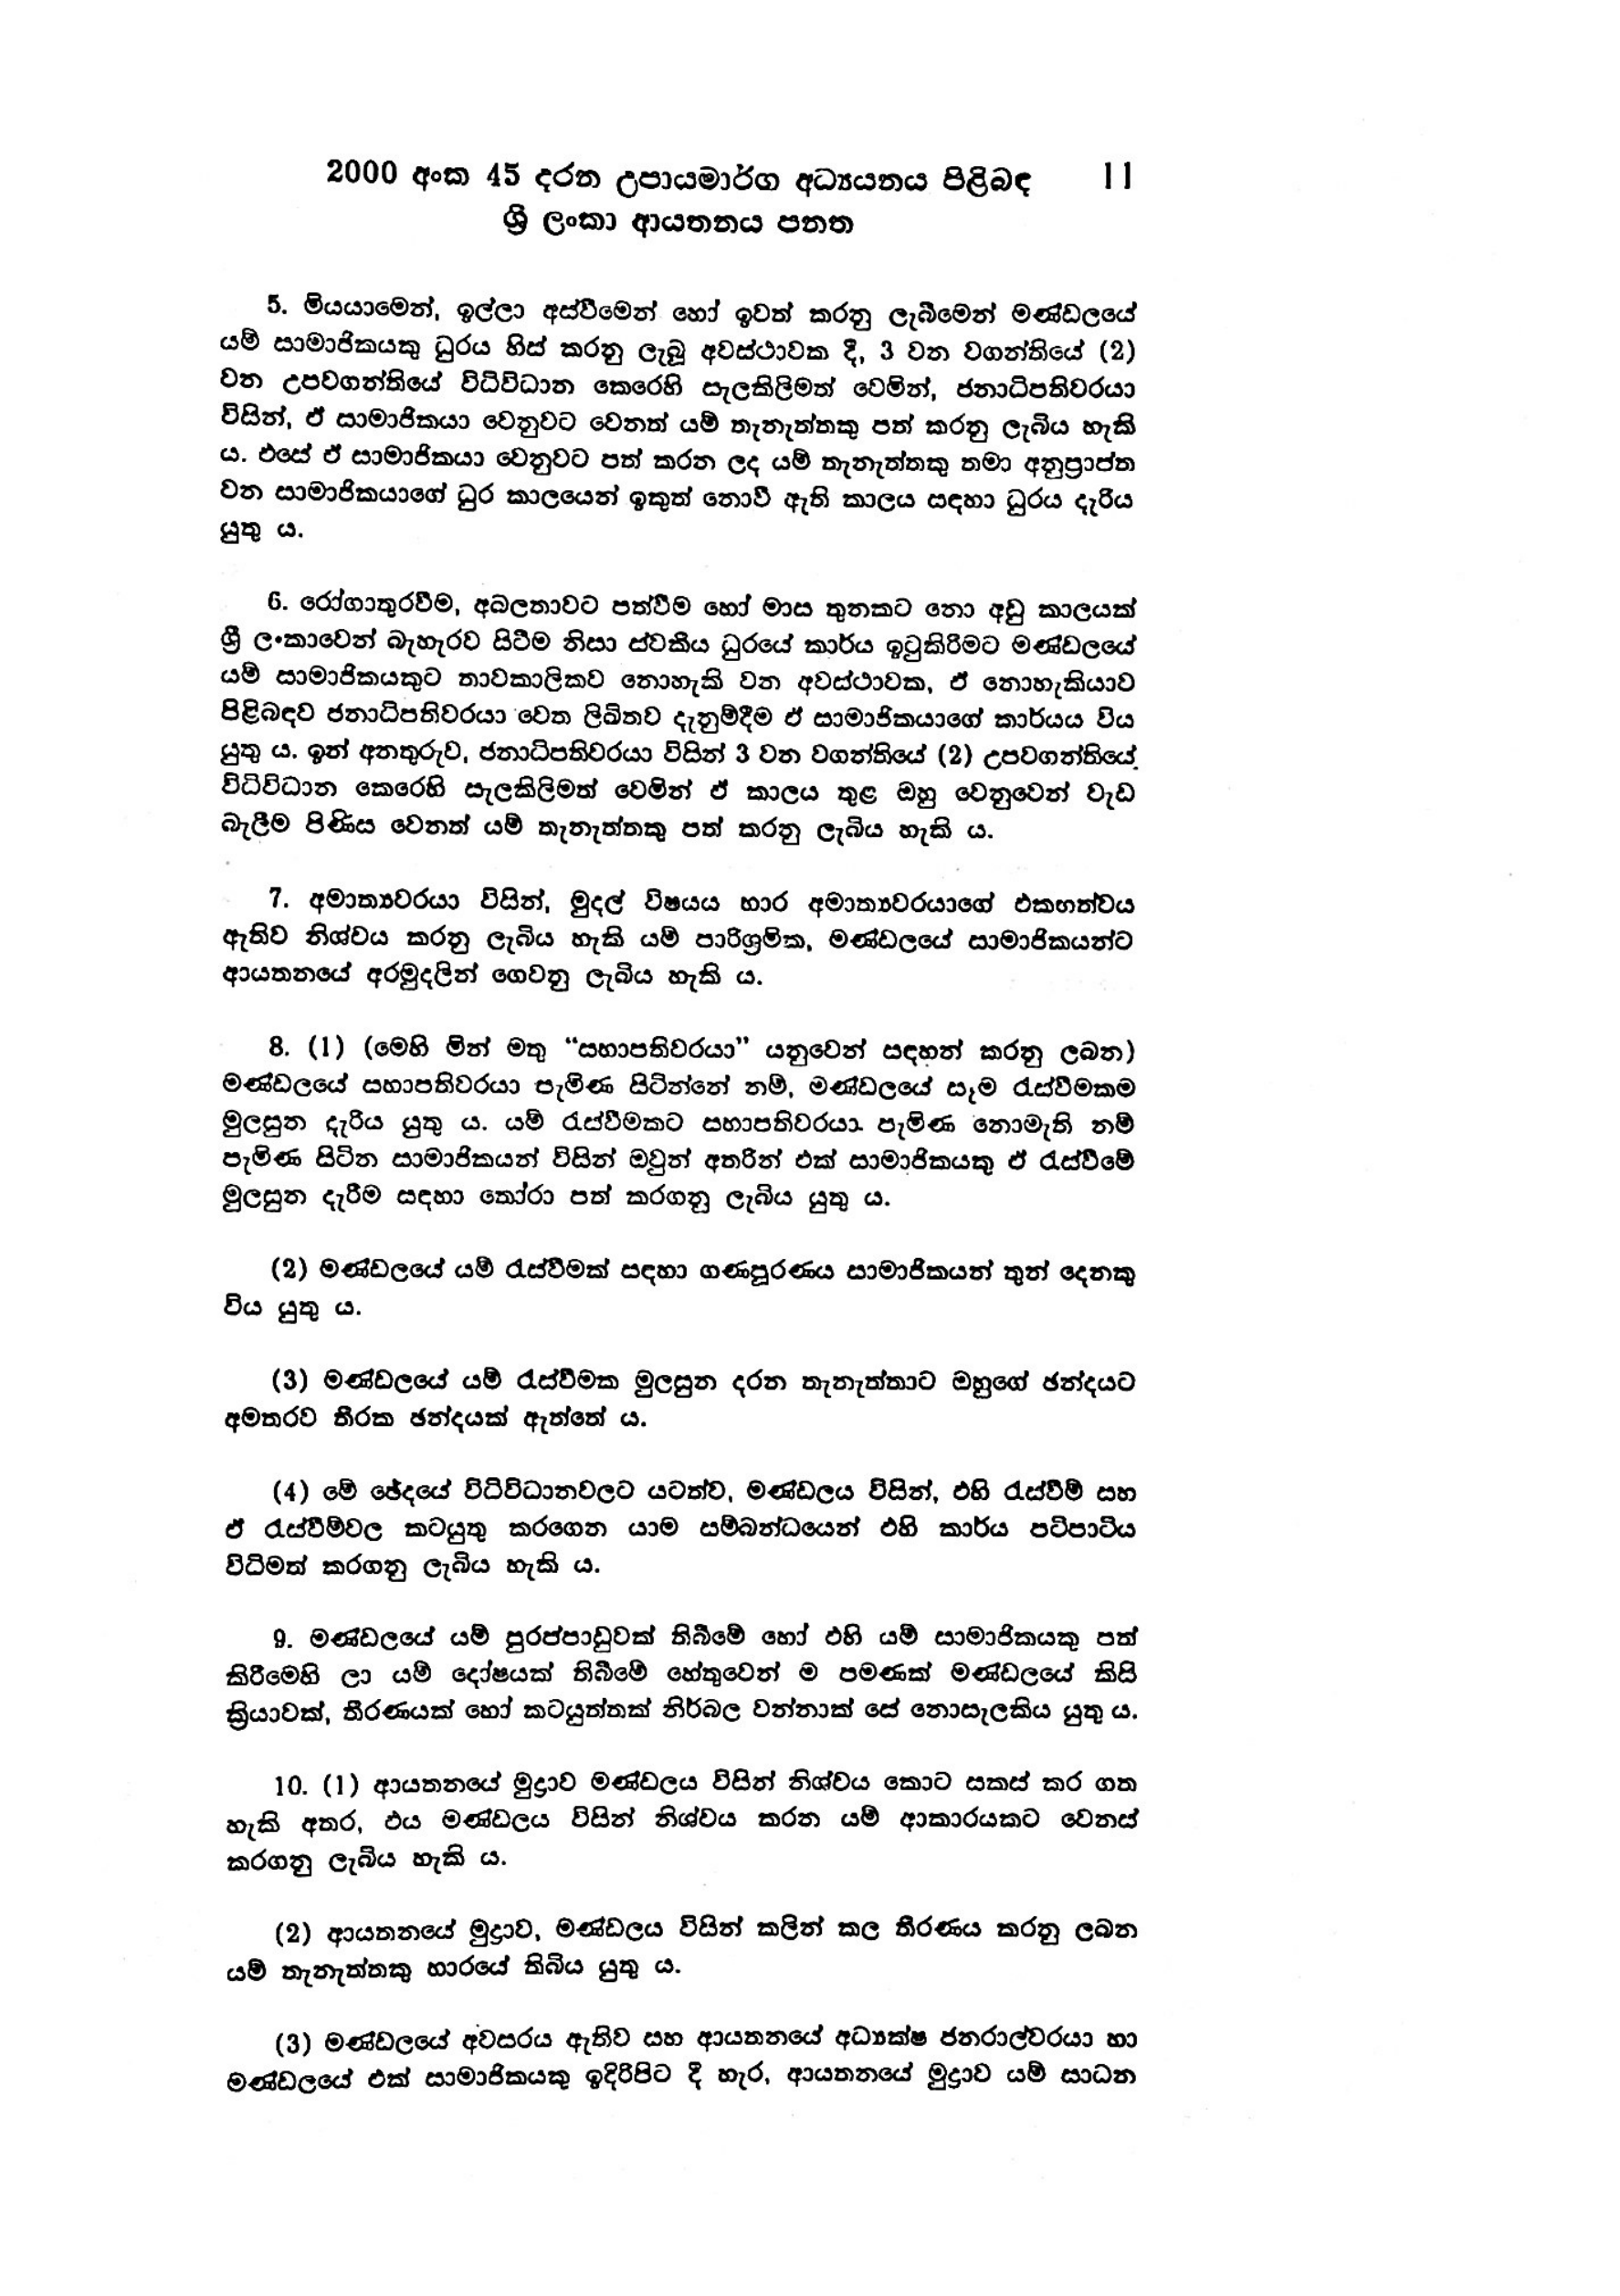
2000 අංක 45 දරන උපායමාර්ග අධ්‍යයනය පිළිබඳ 11
ශ්‍රී ලංකා ආයතනය පනත

5. මියයාමෙන්, ඉල්ලා අස්වීමෙන් හෝ ඉවත් කරනු ලැබීමෙන් මණ්ඩලයේ
යම් සාමාජිකයකු ධුරය හිස් කරනු ලැබූ අවස්ථාවක දී, 3 වන වගන්තියේ (2)
වන උපවගන්තියේ විධිවිධාන කෙරෙහි සැලකිලිමත් වෙමින්, ජනාධිපතිවරයා
විසින්, ඒ සාමාජිකයා වෙනුවට වෙනත් යම් තැනැත්තකු පත් කරනු ලැබිය හැකි
ය. එසේ ඒ සාමාජිකයා වෙනුවට පත් කරන ලද යම් තැනැත්තකු තමා අනුප්‍රාප්ත
වන සාමාජිකයාගේ ධුර කාලයෙන් ඉකුත් නොවී ඇති කාලය සඳහා ධුරය දැරිය
යුතු ය.

6. රෝගාතුර වීම, අබලතාවට පත්වීම හෝ මාස තුනකට නොඅඩු කාලයක්
ශ්‍රී ලංකාවෙන් බැහැරව සිටීම නිසා ස්වකීය ධුරයේ කාර්ය ඉටු කිරීමට මණ්ඩලයේ
යම් සාමාජිකයකුට තාවකාලිකව නොහැකි වන අවස්ථාවක, ඒ නොහැකියාව
පිළිබඳව ජනාධිපතිවරයා වෙත ලිඛිතව දැනුම්දීම ඒ සාමාජිකයාගේ කාර්යය විය
යුතුය. ඉන් අනතුරුව, ජනාධිපතිවරයා විසින් 3 වන වගන්තියේ (2) උපවගන්තියේ
විධිවිධාන කෙරෙහි සැලකිලිමත් වෙමින් ඒ කාලය තුළ ඔහු වෙනුවෙන් වැඩ
බැලීම පිණිස වෙනත් යම් තැනැත්තකු පත් කරනු ලැබිය හැකි ය.

7. අමාත්‍යවරයා විසින්, මුදල් විෂයය භාර අමාත්‍යවරයාගේ එකඟත්වය
ඇතිව නිශ්චය කරනු ලැබිය හැකි යම් පාරිශ්‍රමික, මණ්ඩලයේ සාමාජිකයන්ට
ආයතනයේ අරමුදලින් ගෙවනු ලැබිය හැකි ය.

8. (1) (මෙහි මින් මතු '' සභාපතිවරයා '' යනුවෙන් සඳහන් කරනු ලබන)
මණ්ඩලයේ සභාපතිවරයා පැමිණ සිටින්නේ නම්, මණ්ඩලයේ සෑම රැස්වීමකම
මුලසුන දැරිය යුතු ය. යම් රැස්වීමකට සභාපතිවරයා. පැමිණ නොමැති නම්
පැමිණ සිටින සාමාජිකයන් විසින් ඔවුන් අතරින් එක් සාමාජිකයකු ඒ රැස්වීමේ
මුලසුන දැරීම සඳහා තෝරා පත් කරගනු ලැබිය යුතු ය.

(2) මණ්ඩලයේ යම් රැස්වීමක් සඳහා ගණපූරණය සාමාජිකයන් තුන් දෙනකු
විය යුතු ය.

(3) මණ්ඩලයේ යම් රැස්වීමක මුලසුන දරන තැනැත්තාට ඔහුගේ ඡන්දයට
අමතරව තීරක ඡන්දයක් ඇත්තේය.

(4) මේ ඡේදයේ විධිවිධාන වලට යටත්ව, මණ්ඩලය විසින්, එහි රැස්වීම් සහ
ඒ රැස්වීම්වල කටයුතු කරගෙන යාම සම්බන්ධයෙන් එහි කාර්ය පටිපාටිය
විධිමත් කරගනු ලැබිය හැකි ය.

9. මණ්ඩලයේ යම් පුරප්පාඩුවක් තිබීමේ හෝ එහි යම් සාමාජිකයෙකු පත්
කිරීමෙහි ලා යම් දෝෂයක් තිබීමේ හේතුවෙන් ම පමණක් මණ්ඩලයේ කිසි
ක්‍රියාවක්, තීරණයක් හෝ කටයුත්තක් නිර්බල වන්නාක් සේ නොසැලකිය යුතුය.

10. (1) ආයතනයේ මුද්‍රාව මණ්ඩලය විසින් නිශ්චය කොට සකස් කර ගත
හැකි අතර, එය මණ්ඩලය විසින් නිශ්චය කරන යම් ආකාරයකට වෙනස්
කරගනු ලැබිය හැකිය.

( 2 ) ආයතනයේ මුද්‍රාව, මණ්ඩලය විසින් කලින් කල තීරණය කරනු ලබන
යම් තැනැත්තකු භාරයේ තිබිය යුතුය.

(3) මණ්ඩලයේ අවසරය ඇතිව සහ ආයතනයේ අධ්‍යක්ෂ ජනරාල්වරයා හා
මණ්ඩලයේ එක් සාමාජිකයකු ඉදිරිපිට දී හැර, ආයතනයේ මුද්‍රාව යම් සාධන